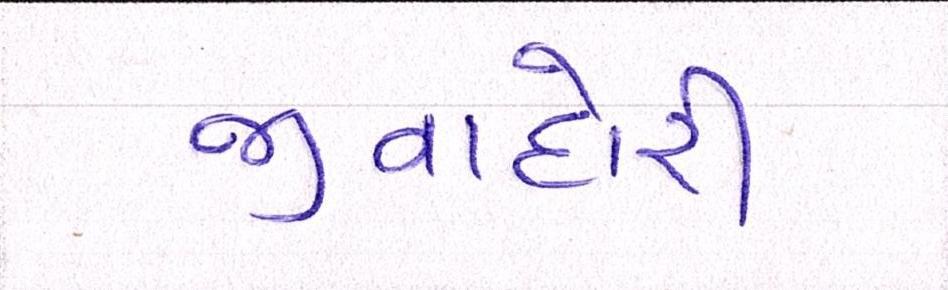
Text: જીવાદોરી